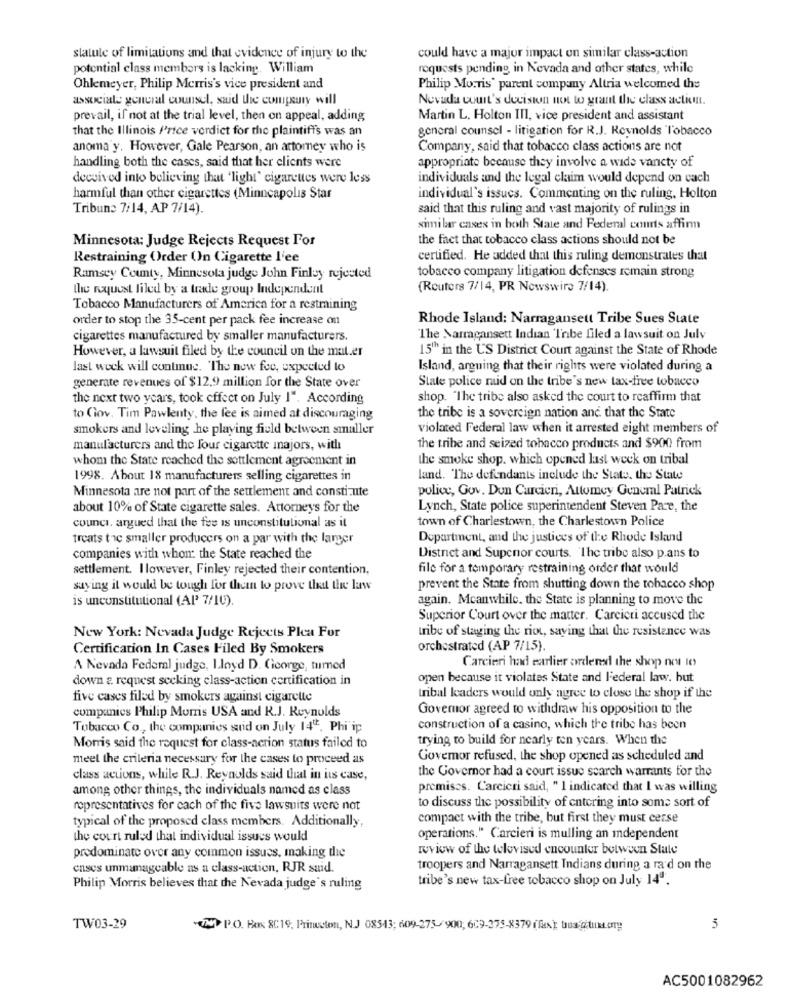
statute of limitations and that evidence of injury to the
could have a major impact on similar class-action
potential class members is lacking. William
requests pending in Nevada and other states, while
Ohlemeyer, Philip Morris's vice president and
Philip Morris' parent company Altria welcomed the
associate general counsel, said the compeury will
Nevada court's decision next to grant the class action.
prevail, if not at the trial level, then on appeal, adding
Martin L. Holton III, vice president and assistant
that the Illinois /'rice verdict for the plaintiffs was an
general counsel - litigation for R.J. Reynolds Tobacco
anoma y. However, Gale Pearson, an attorney who is
Company, said that tobacco class actions are not
handling both the cases, said that her clients were
appropriate because they involve a wide vancty of
decvived into believing that "light" cigarettes were less
individuals and the legal claim would depend on cach
harmful than other cigarettes (Minneapolis Star
individual's issucs. Commenting on the ruling, Holton
Tribune 7/14, AP 7/14).
said that this ruling and vast majority of rulings in
similar cases in both State and Federal courts affirm
Minnesota: Judge Rejects Request For
the fact that tobacco class actions should not be
Restraining Order On Cigarette l'ee
certified. He added that this ruling demonstrates that
tobacco company litigation defenses remain strong
Ramsey County, Minnesota judge John Finley rejected
the request filed by a trade group Independent
(Reuters 7/14, PR Newswire 7/14).
Tobacco Manufacturers of America for a restraining
order to stop the 35-cent per pack fee increase on
Rhode Island: Narragansett Tribe Sues State
cigarettes manufactured by smaller manufacturers.
The Narragansett Indian Tribe filed a lawsuit on July
However, a lawsuit filed by the council on the mat.er
15" in the US District Court against the State of Rhode
last wock will continue. "The new fee, expected to
Island, arguing that their rights were violated during a
State police raid on the tribe's new tax-free tobacco
generate revenues of $12,9 million for the State over
the next two years, took effect on July 1". According
shop. "The tribe also asked the court to reaffirm that
to Ciov. Tim Pawlenty, the fee is aimed at discouraging
the tribe is a sovereign nation and that the State
smokers and leveling he playing field between smaller
violated Federal law when it arrested eight members of
manul'acturers and the four cigarette majors, with
the tribe and seized tobacco products and $900 from
whom the State reached the settlement agreement in
the smoke shop, which opened last week on tribal
1998. About 18 manufacturers selling cigarettes in
land. The defendants include the State, the State
Minnesota are not part of the settlement and constitute
police, Gov. Dun Carcieri, Attomey General Patrick
about 10% of State cigarette sales. Attorneys for the
Lynch, State police superintendent Steven Pare, the
counci, argued that the fee is unconstitutional as il
town of Charlestown, the Charlestown Police
treats tac smaller producers on a par with the larger
Department, and the justices of the Rhode Island
companies with whom the State reached the
District and Supcnor courts. The tribe also p.ans to
settlement. I lowever, Finley rejected their contention,
file for a temporary restraining order that would
saying it would be tough for thean to prove that the law
prevent the State from shutting down the tobacco shop
is unconstitutional (AP 7/10).
again. Meanwhile, the State is planning to move the
Superior Court over the matter. Carcicti accused the
tribe of staging the riot, saving that the resistance was
New York: Nevada Judge Rejects Plea For
Certification In Cases Filed By Smokers
orchestrated (AP 7/15).
Carcieri had earlier ordered the shop not to
A Nevada Federal judge, Lloyd D. Cicorge, turned
down a request seeking class-action certification in
open because it violates State and Federal law. but
five cases filed by smokers against cigarette
tribal leaders would only agree to close the shop if the
companies Philip Morris USA and R.J. Reynolds
Governor agreed to withdraw his opposition to the
Tobacco Co ., the companies sud on July 14", Phi'ip
construction of a casino, which the tribe has been
trying to build for nearly ten years. When the
Morris said the request for class-action status failed to
meet the criteria necessary for the cases to proceed as
Govemor refused, the shop opened as scheduled and
the Governor had a court issue search warrants for the
class actions, while R.J. Reynolds said that in its case,
among other things, the individuals named as class
premises. Carcicri said, " 1 indicated that I was willing
representatives for each of the five lawsuits were not
to discuss the possibility of entering into some sort of
typical of the proposed class members. Additionally,
compact with the tribe, but first they must cerse
the court ruled that individual issues would
operations." Carcieri is mulling an independent
predominate over any common issues, making the
review of the televised encounter between State
cases unmanageable as a class-action, RJR suid.
troopers and Narragansett Indians during a ra'd on the
tribe's new tax-free tobacco shop on July 14".
Philip Morris believes that the Nevada judge's ruling
TW03-29
(N P.O. Box 8C19, Princeton, N.J 08543; 609-275-900; 609-375-8379 (fx); tous @ituk.org
5
AC5001082962